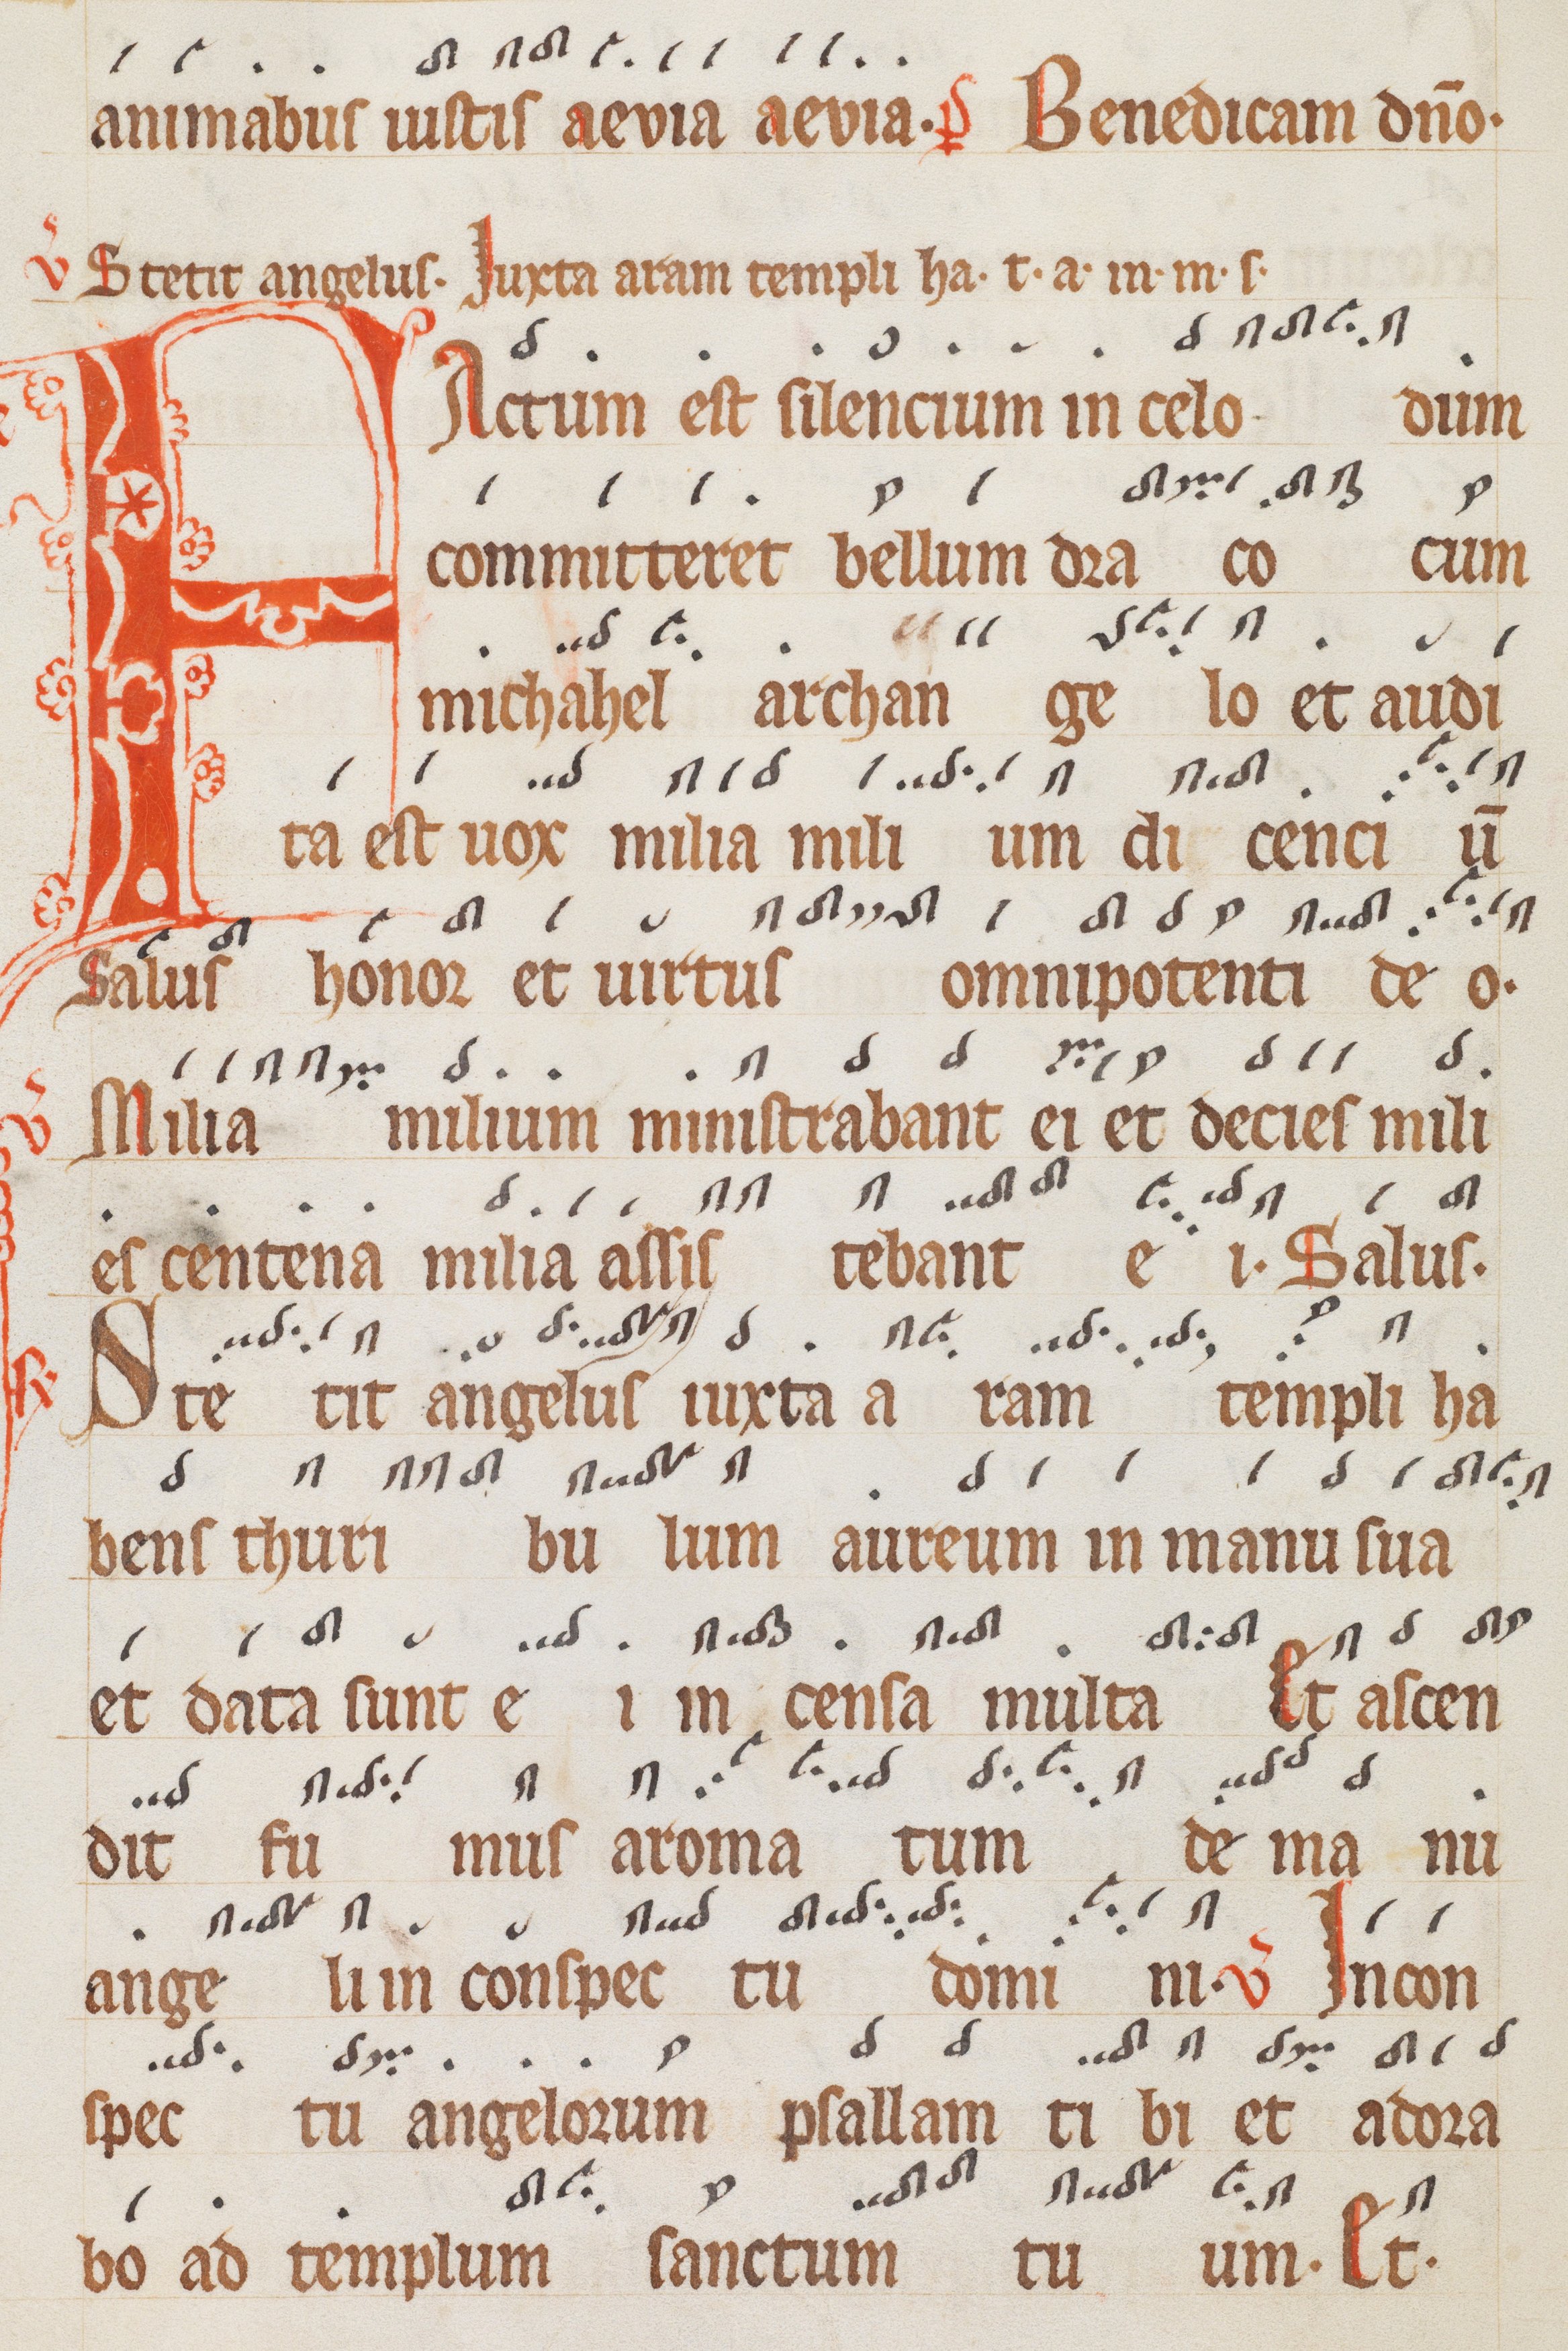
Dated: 1300–1399